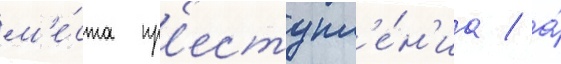
м'е́ста пр'еступл'е́н'иа / а́